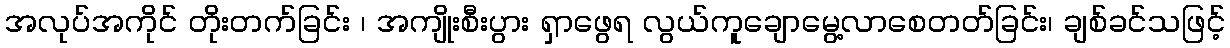
အလုပ်အကိုင် တိုးတက်ခြင်း ၊ အကျိုးစီးပွား ရှာဖွေရ လွယ်ကူချောမွေ့လာစေတတ်ခြင်း၊ ချစ်ခင်သဖြင့်